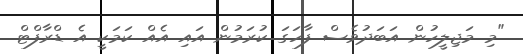
"މި މަޖިލީހުން އަބަދުވެސް ފާހަގަ ކުރަމުން އައި އެއް ކަމަކީ އެ ޑްރާފްޓް